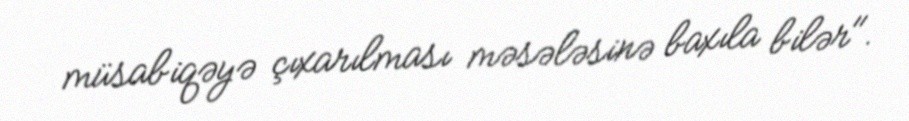
müsabiqəyə çıxarılması məsələsinə baxıla bilər".